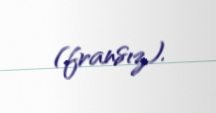
(fransız).